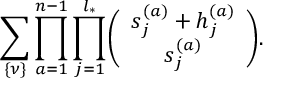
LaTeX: \sum _ { \{ \nu \} } \prod _ { a = 1 } ^ { n - 1 } \prod _ { j = 1 } ^ { l _ { * } } \biggl ( \begin{array} { c } { { s _ { j } ^ { ( a ) } + h _ { j } ^ { ( a ) } } } \\ { { s _ { j } ^ { ( a ) } } } \end{array} \biggr ) .